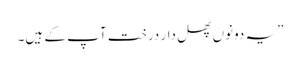
”یہ دونوں پھل دار درخت آپ کے ہیں۔